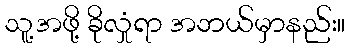
သူ့အဖို့ ခိုလှုံရာ အဘယ်မှာနည်း။